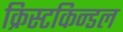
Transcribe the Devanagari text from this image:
क्रिस्टकिन्डल